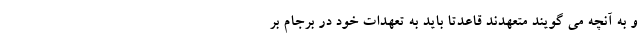
و به آنچه می گویند متعهدند قاعدتاً باید به تعهدات خود در برجام بر